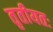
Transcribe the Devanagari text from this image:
तृतीयतः